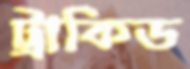
ট্রাকিড